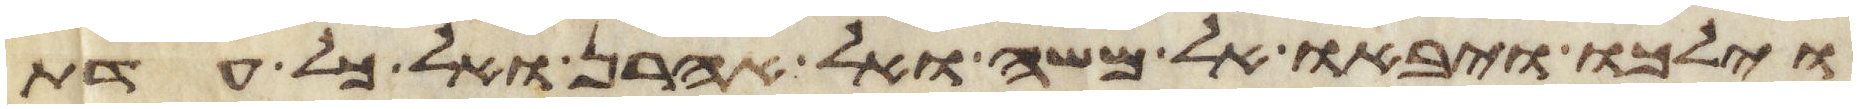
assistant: וילכו ויבאו אל משה ואל אהרן ואל כל עדת